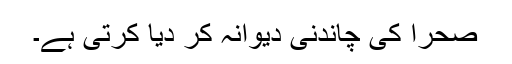
صحرا کی چاندنی دیوانہ کر دیا کرتی ہے۔